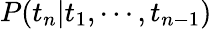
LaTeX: P(t_{n}|t_{1},\cdots,t_{n-1})